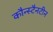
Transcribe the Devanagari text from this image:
कौन्स्टैनटीन